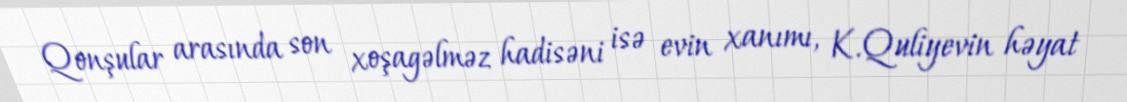
Qonşular arasında son xoşagəlməz hadisəni isə evin xanımı, K.Quliyevin həyat